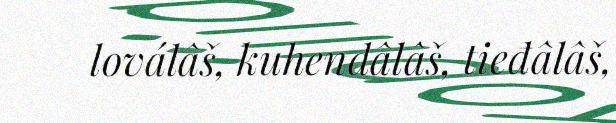
loválâš, kuhendâlâš, tieđâlâš,